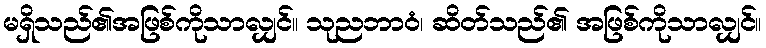
မရှိသည်၏အဖြစ်ကိုသာလျှင်။ သုညဘာဝံ၊ ဆိတ်သည်၏ အဖြစ်ကိုသာလျှင်။